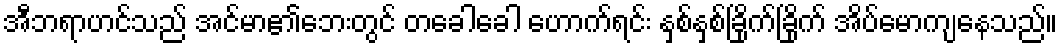
အီဘရာဟင်သည် အင်မာ၏ဘေးတွင် တခေါခေါ ဟောက်ရင်း နှစ်နှစ်ခြိုက်ခြိုက် အိပ်မောကျနေသည်။